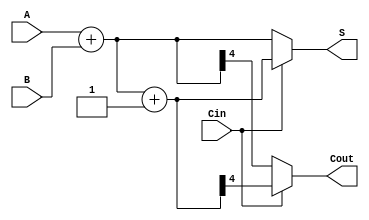
module CarrySelectAdder (
    input [3:0] A,      // 4-bit input A
    input [3:0] B,      // 4-bit input B
    input Cin,          // Carry-in
    output [4:0] S,     // 5-bit output sum (4 bits + carry-out)
    output Cout         // Carry-out
);

    wire [3:0] S0, S1;  // Sums for Cin = 0 and Cin = 1
    wire Cout0, Cout1;  // Carry-outs for Cin = 0 and Cin = 1

    // Low Carry Block (Cin = 0)
    assign {Cout0, S0} = A + B; // Sum when Cin = 0

    // High Carry Block (Cin = 1)
    assign {Cout1, S1} = A + B + 1'b1; // Sum when Cin = 1

    // MUX to select the appropriate sum and carry-out based on Cin
    assign S = (Cin == 1'b0) ? {Cout0, S0} : {Cout1, S1};
    assign Cout = (Cin == 1'b0) ? Cout0 : Cout1;

endmodule